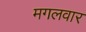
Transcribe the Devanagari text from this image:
मगलवार